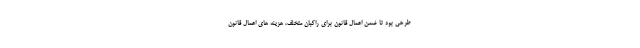
طرحی بود تا ضمن اعمال قانون برای راکبان متخلف، هزینه های اعمال قانون